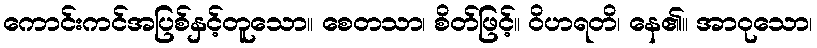
ကောင်းကင်အပြစ်နှင့်တူသော။ စေတသာ၊ စိတ်ဖြင့်။ ဝိဟရတိ၊ နေ၏။ အာဝုသော၊